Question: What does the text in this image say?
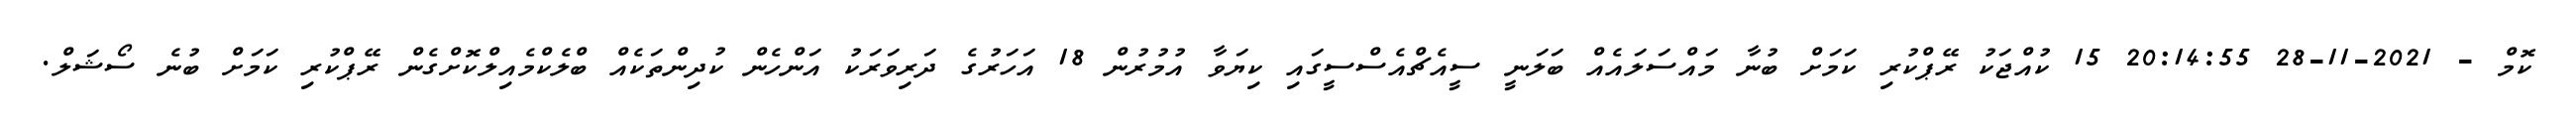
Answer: ކޮމް - 2021-11-28 20:14:55 15 ކުއްޖަކު ރޭޕްކުރި ކަމަށް ބުނާ މައްސަލައެއް ބަލަނީ ސީއެޗްއެސްސީގައި ކިޔަވާ އުމުރުން 18 އަހަރުގެ ދަރިވަރަކު އަންހެން ކުދިންތަކެއް ބްލެކްމެއިލްކޮށްގެން ރޭޕްކުރި ކަމަށް ބުނެ ސޯޝަލް.